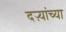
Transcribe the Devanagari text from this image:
दऱ्यांच्या